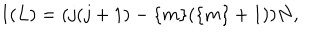
LaTeX: I ( L ) = ( j ( j + 1 ) - \{ m \} ( \{ m \} + 1 ) ) N ,